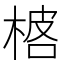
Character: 𬃓